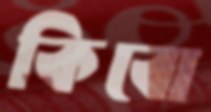
কিবো